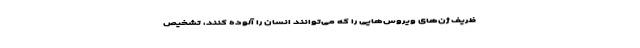
ظریف ژن‌های ویروس‌هایی را که می‌توانند انسان را آلوده کنند، تشخیص